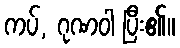
ကပ်, ဂုဏဝါ ပြီး၏။